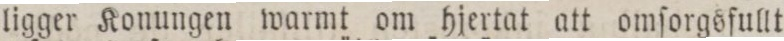
ligger Konungen warmt om hjertat att omſorgsfullt